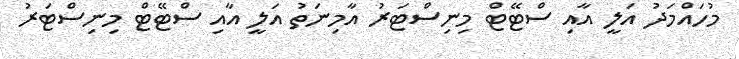
މުހައްމަދު އަލީ އާއި ސްޓޭޓް މިނިސްޓަރު އާމިނަތު އަލީ އާއި ސްޓޭޓް މިނިސްޓަރު